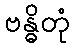
ဗန္ဓိတုံ